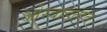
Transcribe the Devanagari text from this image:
ओरबाडतात